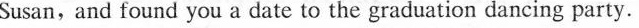
Susan, and found you a date to the graduation dancing party.